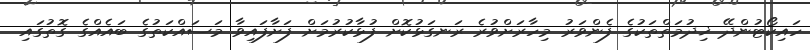
ހައިކޯޓުންދޭ ޚިދުމަތްތަކުގެ ފެންވަރު މިހާރަށްވުރެ ރަނގަޅުކޮށް ފުޅާކުރުމަށް ފަށާފައިވާ މަސައްކަތުގެ ބައެއްގެ ގޮތުގައި